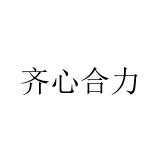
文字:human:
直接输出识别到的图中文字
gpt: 齐心合力